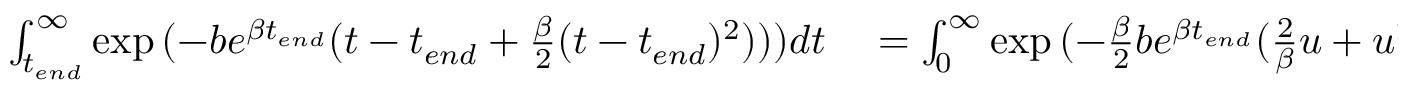
\begin{array} { r l } { \int _ { t _ { e n d } } ^ { \infty } \exp { ( - b e ^ { \beta t _ { e n d } } ( t - t _ { e n d } + \frac { \beta } { 2 } ( t - t _ { e n d } ) ^ { 2 } ) ) ) } d t } & { { } = \int _ { 0 } ^ { \infty } \exp { ( - \frac { \beta } { 2 } b e ^ { \beta t _ { e n d } } ( \frac { 2 } { \beta } u + u ^ { 2 } ) ) ) } d u } \end{array}